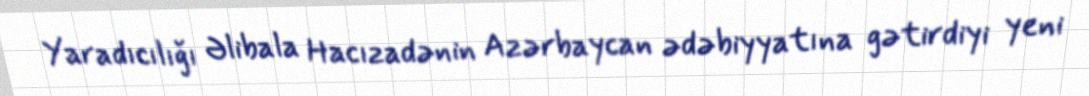
Yaradıcılığı Əlibala Hacızadənin Azərbaycan ədəbiyyatına gətirdiyi yeni